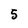
Character: 5